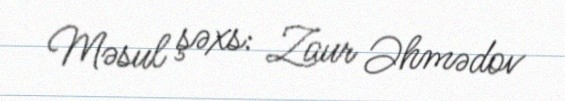
Məsul şəxs: Zaur Əhmədov